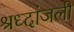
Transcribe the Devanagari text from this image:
श्रध्दांजली